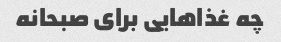
چه غذاهایی برای صبحانه